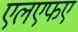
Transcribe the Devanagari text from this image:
एलएफए